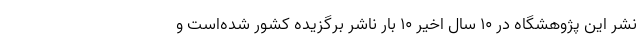
نشر این پژوهشگاه در ۱۰ سال اخیر ۱۰ بار ناشر برگزیده کشور شده‌است و